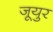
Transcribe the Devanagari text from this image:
जूयुर